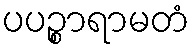
ပပဉ္စာရာမတံ